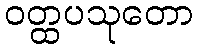
ဝတ္ထပသုတော